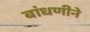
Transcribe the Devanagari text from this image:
बांधणीने